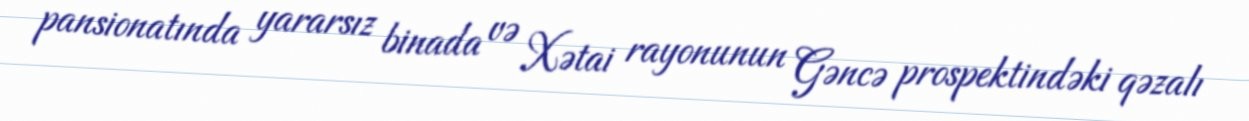
pansionatında yararsız binada və Xətai rayonunun Gəncə prospektindəki qəzalı